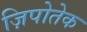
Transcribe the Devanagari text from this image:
ज़िपोतेक